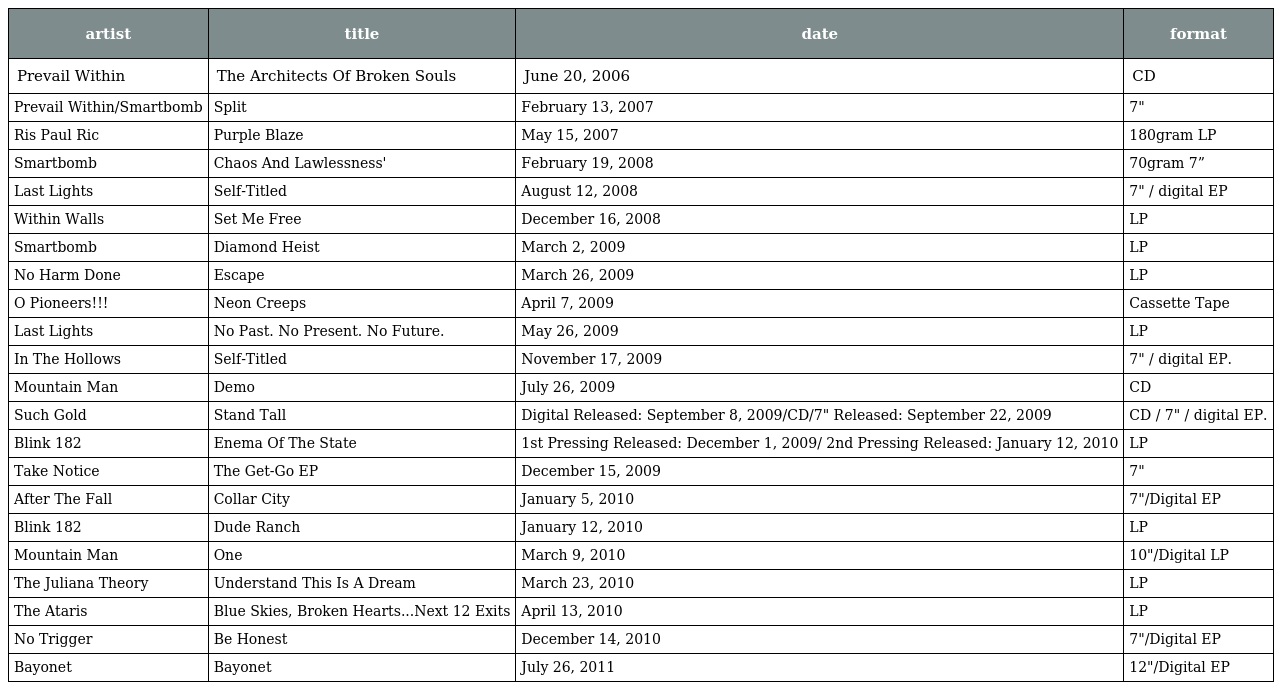
| artist | title | date | format |
 | --- | --- | --- | --- |
 | Prevail Within | The Architects Of Broken Souls | June 20, 2006 | CD |
 | Prevail Within/Smartbomb | Split | February 13, 2007 | 7" |
 | Ris Paul Ric | Purple Blaze | May 15, 2007 | 180gram LP |
 | Smartbomb | Chaos And Lawlessness' | February 19, 2008 | 70gram 7” |
 | Last Lights | Self-Titled | August 12, 2008 | 7" / digital EP |
 | Within Walls | Set Me Free | December 16, 2008 | LP |
 | Smartbomb | Diamond Heist | March 2, 2009 | LP |
 | No Harm Done | Escape | March 26, 2009 | LP |
 | O Pioneers!!! | Neon Creeps | April 7, 2009 | Cassette Tape |
 | Last Lights | No Past. No Present. No Future. | May 26, 2009 | LP |
 | In The Hollows | Self-Titled | November 17, 2009 | 7" / digital EP. |
 | Mountain Man | Demo | July 26, 2009 | CD |
 | Such Gold | Stand Tall | Digital Released: September 8, 2009/CD/7" Released: September 22, 2009 | CD / 7" / digital EP. |
 | Blink 182 | Enema Of The State | 1st Pressing Released: December 1, 2009/ 2nd Pressing Released: January 12, 2010 | LP |
 | Take Notice | The Get-Go EP | December 15, 2009 | 7" |
 | After The Fall | Collar City | January 5, 2010 | 7"/Digital EP |
 | Blink 182 | Dude Ranch | January 12, 2010 | LP |
 | Mountain Man | One | March 9, 2010 | 10"/Digital LP |
 | The Juliana Theory | Understand This Is A Dream | March 23, 2010 | LP |
 | The Ataris | Blue Skies, Broken Hearts...Next 12 Exits | April 13, 2010 | LP |
 | No Trigger | Be Honest | December 14, 2010 | 7"/Digital EP |
 | Bayonet | Bayonet | July 26, 2011 | 12"/Digital EP |